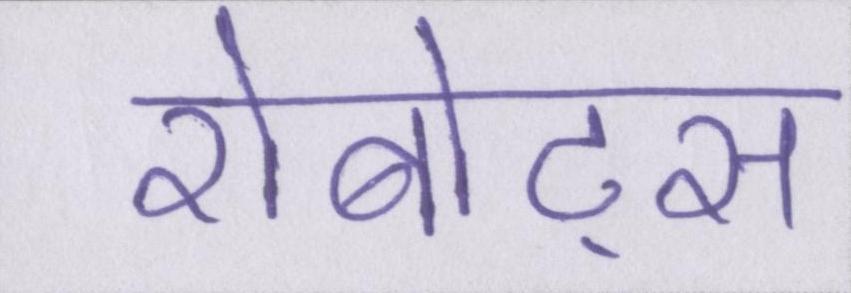
रोबोट्स